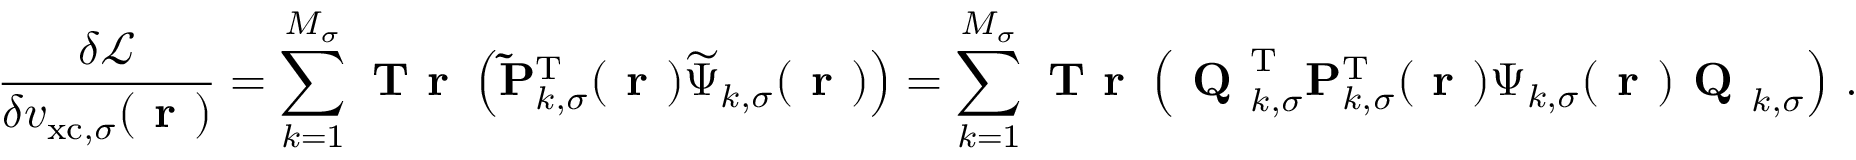
\frac { \delta \mathcal { L } } { \delta v _ { \mathrm { x c } , \sigma } ( \boldsymbol { \textbf { r } } ) } = \sum _ { k = 1 } ^ { M _ { \sigma } } \textbf { T r } \left( \mathbf { \widetilde { P } } _ { k , \sigma } ^ { \mathrm { T } } ( \boldsymbol { \textbf { r } } ) \boldsymbol { \widetilde { \Psi } } _ { k , \sigma } ( \boldsymbol { \textbf { r } } ) \right) = \sum _ { k = 1 } ^ { M _ { \sigma } } \textbf { T r } \left( \textbf { Q } _ { k , \sigma } ^ { \mathrm { T } } \mathbf { P } _ { k , \sigma } ^ { \mathrm { T } } ( \boldsymbol { \textbf { r } } ) \boldsymbol { \Psi } _ { k , \sigma } ( \boldsymbol { \textbf { r } } ) \textbf { Q } _ { k , \sigma } \right) \, .